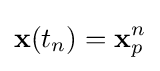
\mathbf {x} (t_{n})=\mathbf {x} _{p}^{n}